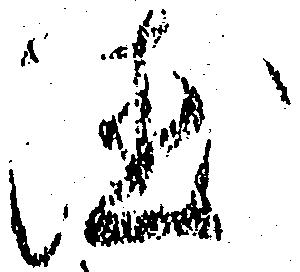
徳